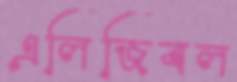
এলিজিবল